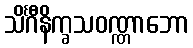
သိင်္ဂီနိက္ခသဝဏ္ဏာဘော